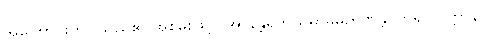
အကြောင်းကိုပြသည်၏ အစွမ်းဖြင့်။ အာနန္တရိကသမာဓိမှိဉာဏန္တိ၊ ဟူ၍။ ဝုတ္တာနိ၊